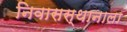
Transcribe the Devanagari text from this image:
निवासस्थानाला